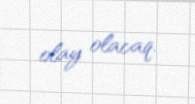
olay olacaq.